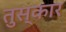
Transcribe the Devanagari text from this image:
तुस्कार